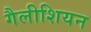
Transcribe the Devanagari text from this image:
गैलीशियन